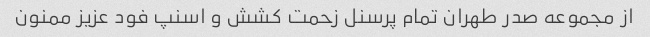
از مجموعه صدر طهران تمام پرسنل زحمت کشش و اسنپ فود عزیز ممنون